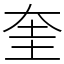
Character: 奎